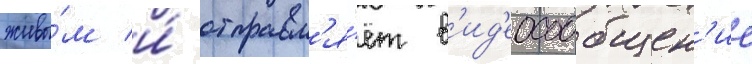
живы́м и́ отправл'я́ет в'ид'еосообщен'ие